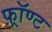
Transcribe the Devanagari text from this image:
फ़्रॉण्ट